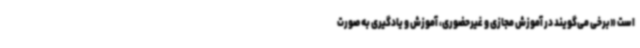
است «برخی می‌گویند در آموزش مجازی و غیرحضوری، آموزش و یادگیری به صورت